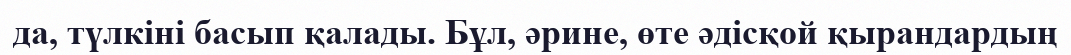
да, түлкіні басып қалады. Бұл, әрине, өте әдісқой қырандардың